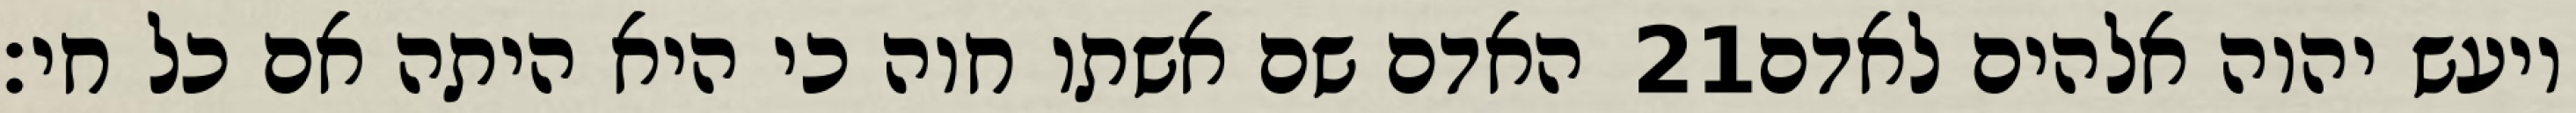
האדם שם אשתו חוה כי היא היתה אם כל חי׃ ‎21‏ ויעש יהוה אלהים לאדם